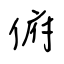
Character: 俯